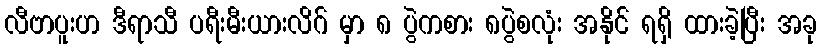
လီဗာပူးဟ ဒီရာသီ ပရီးမီးယားလိဂ် မှာ ၈ ပွဲကစား ၈ပွဲစလုံး အနိုင် ရရှိ ထားခဲ့ပြီး အခု